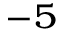
^ { - 5 }